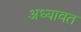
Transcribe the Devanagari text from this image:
अध्यावत